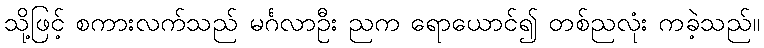
သို့ဖြင့် စကားလက်သည် မင်္ဂလာဦး ညက ရောယောင်၍ တစ်ညလုံး ကခဲ့သည်။